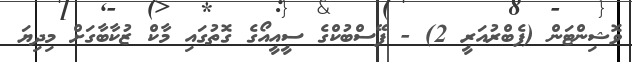
ވޮޝިންޓަން (ފެބްރުއަރީ 2) - ފޭސްބުކްގެ ސީއީއޯގެ ގޮތުގައި މާކް ޒުކާބާގަށް މިދިޔަ